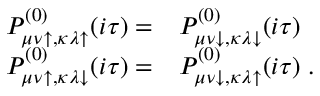
\begin{array} { r l } { P _ { \mu \nu \uparrow , \kappa \lambda \uparrow } ^ { ( 0 ) } ( i \tau ) = } & { P _ { \mu \nu \downarrow , \kappa \lambda \downarrow } ^ { ( 0 ) } ( i \tau ) } \\ { P _ { \mu \nu \uparrow , \kappa \lambda \downarrow } ^ { ( 0 ) } ( i \tau ) = } & { P _ { \mu \nu \downarrow , \kappa \lambda \uparrow } ^ { ( 0 ) } ( i \tau ) \; . } \end{array}